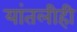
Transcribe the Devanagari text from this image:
यांतलीही